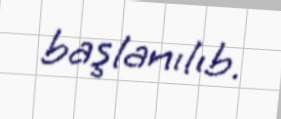
başlanılıb.